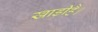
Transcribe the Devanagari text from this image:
खाड़ीहै।